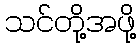
သင်တို့အဖို့